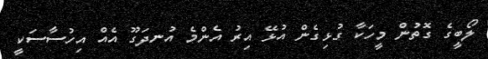
ލޯބީގެ ގޮތުން މީހަކާ ގުޅިގެން އުޅޭ އިރު އެންމެ އުނދަގޫ އެއް އިހުސާސަކީ